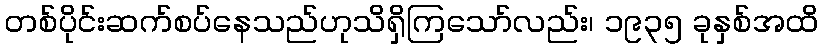
တစ်ပိုင်းဆက်စပ်နေသည်ဟုသိရှိကြသော်လည်း၊ ၁၉၃၅ ခုနှစ်အထိ